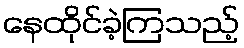
နေထိုင်ခဲ့ကြသည့်